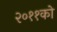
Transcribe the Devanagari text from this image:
२०११को